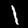
Digit: 1